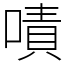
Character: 嘖